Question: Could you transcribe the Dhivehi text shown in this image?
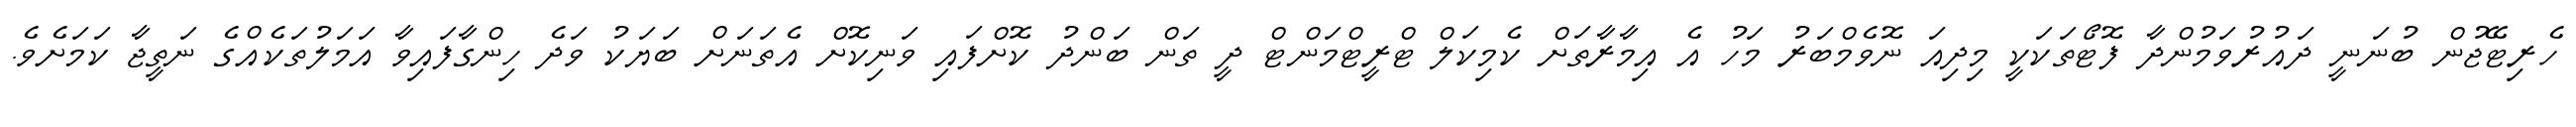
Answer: ހެރިޓޭޖުން ބުނަނީ ދައުރުވަމުންދާ ފޮޓޯތަކަކީ މިދިއަ ނޮވެމްބަރު މަހު އެ އިމާރާތަށް ކެމިކަލް ޓްރީޓްމަންޓް ދީ ތަން ބަންދު ކޮށްފައި ވަނިކޮށް އެތަނަށް ބަޔަކު ވަދެ ހިންގާފައިވާ އަމަލުތަކެއްގެ ނަތީޖާ ކަމަށެވެ.